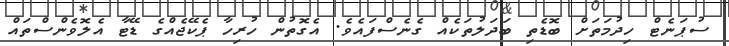
ސުޕަނެޓް ހިދުމަތަށް ބޮޑެތި ބަދަލުތަކެއް ގެނެސްފައެވެ. އެގޮތުން ހުރިހާ ޕެކޭޖެއްގެ ޑޭޓާ އެލޮވެންސްތައް